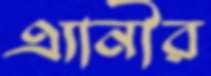
এ্যানীর